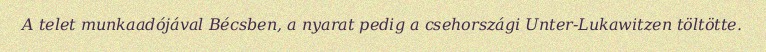
A telet munkaadójával Bécsben, a nyarat pedig a csehországi Unter-Lukawitzen töltötte.